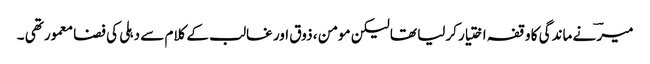
میرؔ نے ماندگی کا وقفہ اختیار کرلیا تھا لیکن مومن ، ذوق اور غالب کے کلام سے دہلی کی فضا معمور تھی ۔